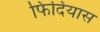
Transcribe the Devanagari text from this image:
फिदियास